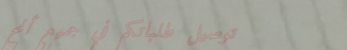
توصيل طلباتكم في جميع أنح